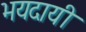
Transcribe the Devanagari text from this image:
भयदायी